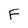
Character: F